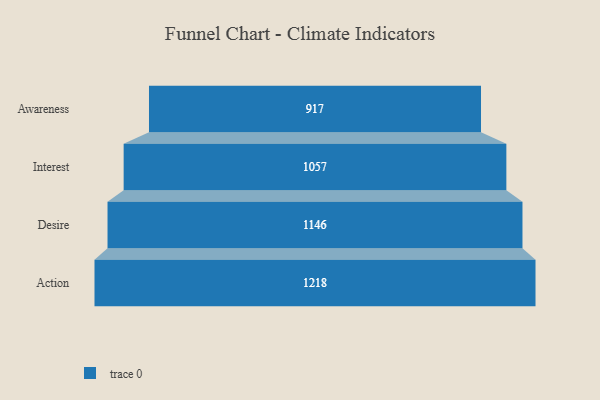
{"axis": {"x": "Stage", "y": "Value"}, "legend": [""], "data": [{"x": "Awareness", "y": 917.0, "type": ""}, {"x": "Interest", "y": 1057.0, "type": ""}, {"x": "Desire", "y": 1146.0, "type": ""}, {"x": "Action", "y": 1218.0, "type": ""}]}